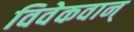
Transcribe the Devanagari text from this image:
विवेकवान्